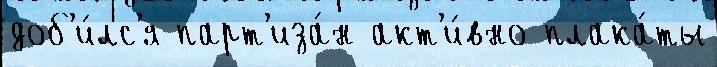
доб'и́лс'я парт'иза́н акт'и́вно плака́ты